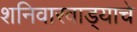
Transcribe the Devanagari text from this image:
शनिवारवाड्याचे